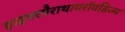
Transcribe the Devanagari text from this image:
हाइपरपैराथायरॉयडिज्म